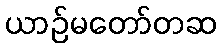
ယာဉ်မတော်တဆ